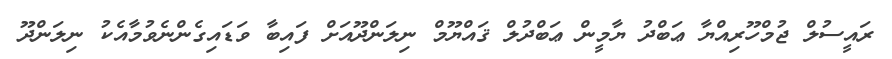
ރައީސުލް ޖުމްހޫރިއްޔާ ޢަބްދު ޔާމީން ޢަބްދުލް ޤައްޔޫމް ނިލަންދޫއަށް ފައިބާ ވަޑައިގެންނެވުމާއެކު ނިލަންދޫ